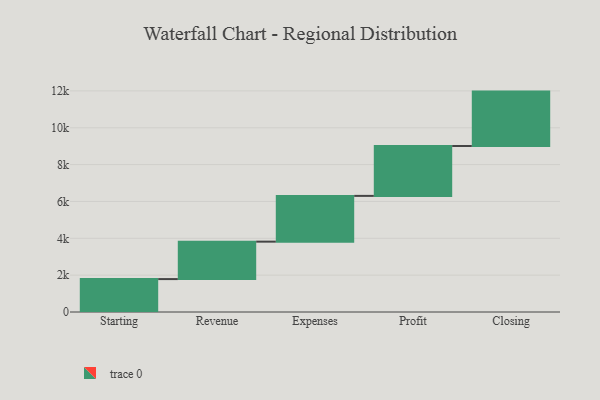
{"axis": {"x": "Step", "y": "Value"}, "legend": [""], "data": [{"x": "Starting", "y": 1786.0, "type": ""}, {"x": "Revenue", "y": 2032.0, "type": ""}, {"x": "Expenses", "y": 2484.0, "type": ""}, {"x": "Profit", "y": 2707.0, "type": ""}, {"x": "Closing", "y": 2953.0, "type": ""}]}